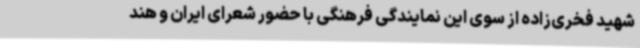
شهید فخری‌زاده از سوی این نمایندگی فرهنگی با حضور شعرای ایران و هند